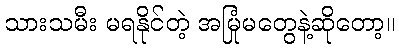
သားသမီး မရနိုင်တဲ့ အမြုံမတွေနဲ့ဆိုတော့။